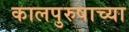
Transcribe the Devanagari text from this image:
कालपुरुषाच्या